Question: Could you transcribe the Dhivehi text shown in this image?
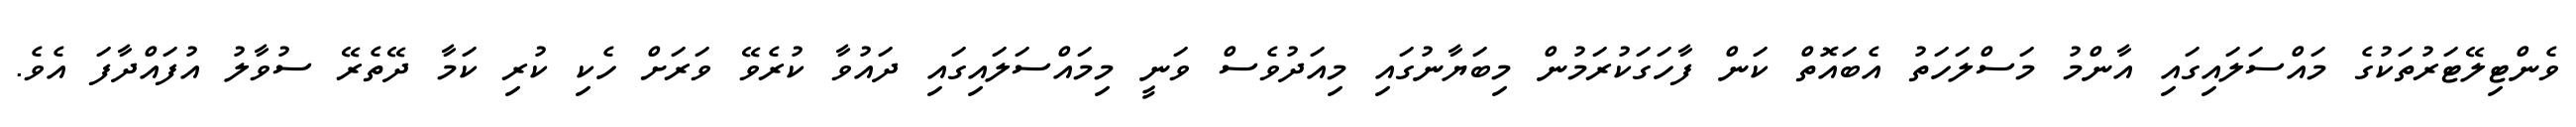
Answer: ވެންޓިލޭޓަރުތަކުގެ މައްސަލައިގައި އާންމު މަސްލަހަތު އެބައޮތް ކަން ފާހަގަކުރަމުން މިބަޔާނުގައި މިއަދުވެސް ވަނީ މިމައްސަލައިގައި ދައުވާ ކުރެވޭ ވަރަށް ހެކި ކުރި ކަމާ ދޭތެރޭ ސުވާލު އުފައްދާފަ އެވެ.